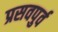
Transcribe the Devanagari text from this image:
प्रसवपुर्व